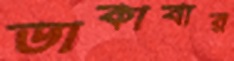
ডাকাবার